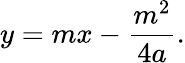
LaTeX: y=mx-{\frac{m^{2}}{4a}}.